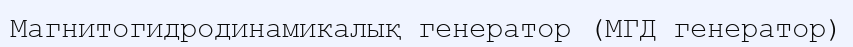
Магнитогидродинамикалық генератор (МГД генератор)